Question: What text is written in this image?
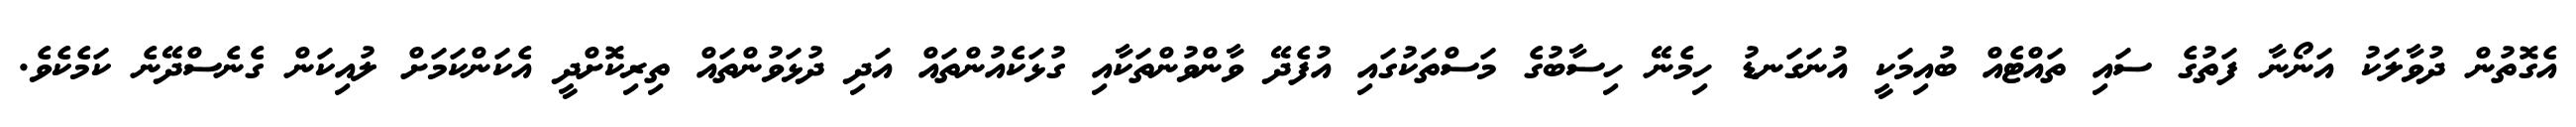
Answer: އެގޮތުން ދުވާލަކު އަނޯނާ ފަތުގެ ސައި ތައްޓެއް ބުއިމަކީ އުނަގަނޑު ހިމެނޭ ހިސާބުގެ މަސްތަކުގައި އުފެދޭ ވާންވުންތަކާއި ގުޅަކެއުންތައް އަދި ދުޅަވުންތައް ތިރިކޮށްދީ އެކަންކަމަށް ލުއިކަން ގެނެސްދޭނެ ކަމެކެވެ.